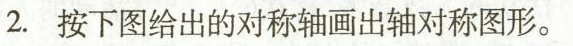
2.按下图给出的对称轴画出轴对称图形。